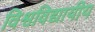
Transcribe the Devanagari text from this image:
विश्वविद्यायीय